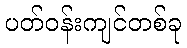
ပတ်ဝန်းကျင်တစ်ခု